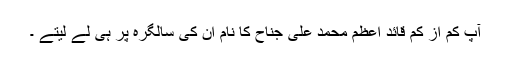
آپ کم از کم قائدِ اعظم محمد علی جناح کا نام ان کی سالگرہ پر ہی لے لیتے ۔